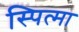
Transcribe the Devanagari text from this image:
स्पित्मा